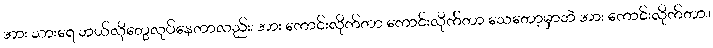
အား သားရေ ဘယ်လိုတွေလုပ်နေတာလည်း၊ အား ကောင်းလိုက်တာ ကောင်းလိုက်တာ သေတော့မှာဘဲ အား ကောင်းလိုက်တာ။